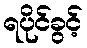
ရပိုင်ခွင့်